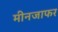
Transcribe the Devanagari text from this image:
मीनजाफर